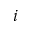
i